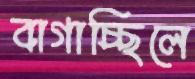
বাগাচ্ছিলে